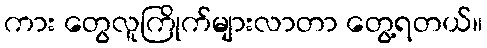
ကား တွေလူကြိုက်များလာတာ တွေ့ရတယ်။